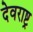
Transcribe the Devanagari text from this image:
देवराष्ट्र